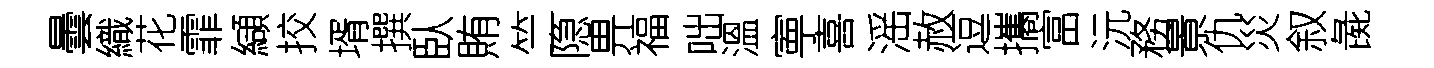
曇織花霏纈挍壻撰臥賄竺隐畀福咄溫寕喜滛赦逗攜富沅務㬌仇災叙彘